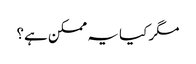
مگر کیا یہ ممکن ہے؟